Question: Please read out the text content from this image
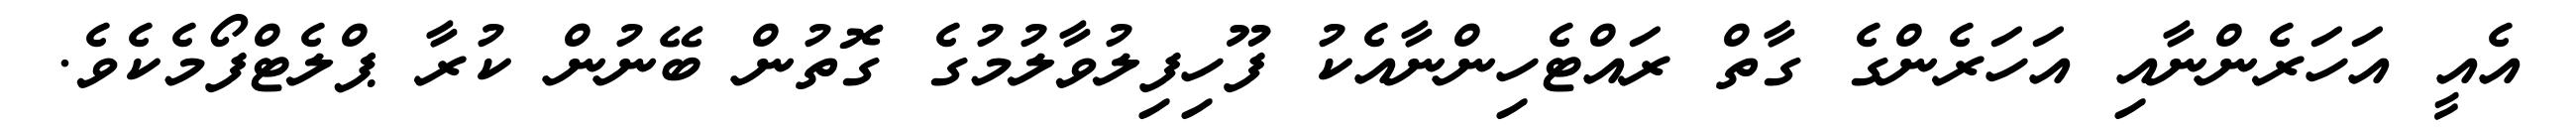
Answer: އެއީ އަހަރެންނާއި އަހަރެންގެ ގާތް ރައްޓެހިންނާއެކު ފޫހިފިލުވާލުމުގެ ގޮތުން ބޭނުން ކުރާ ޕްލެޓްފޯމެކެވެ.